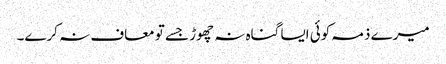
میرے ذمہ کوئی ایسا گناہ نہ چھوڑ جسے تو معاف نہ کرے۔